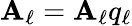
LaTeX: \mathbf{A}_{\ell}=\mathcal{{\mathbf{A}}}_{\ell}q_{\ell}